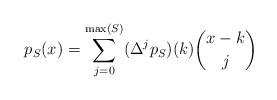
LaTeX: \begin{align*} p_S(x)=\displaystyle\sum_{j=0}^{\max(S)}(\Delta^jp_S)(k)\binom{x-k}{j} \end{align*}